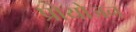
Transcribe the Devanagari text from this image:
प्रोयोजन